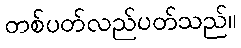
တစ်ပတ်လည်ပတ်သည်။